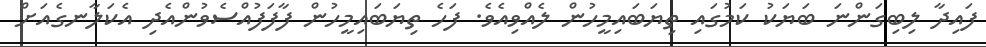
ފައިދާ ލިބިގަންނަ ބަޔަކު ކަމުގައި ތިޔަބައިމީހުން ލެއްވިއެވެ. ފަހެ ތިޔަބައިމީހުން ފާފަފުއްސެވުންއެދި އެކަލާނގެއަށް